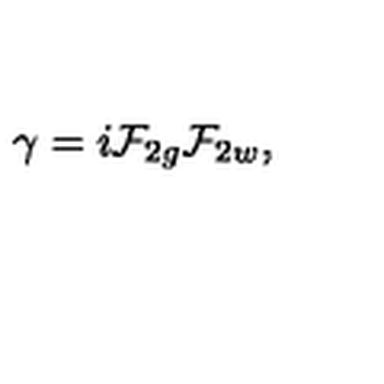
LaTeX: { \gamma } = i { \cal F } _ { 2 g } { \cal F } _ { 2 w } ,